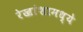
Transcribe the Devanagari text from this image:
रेखांशामध्ये